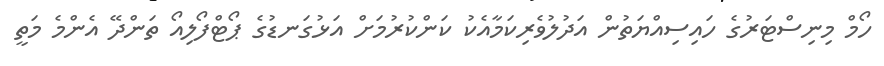
ހޯމް މިނިސްޓަރުގެ ހައިސިއްޔަތުން އަދުލުވެރިކަމާއެކު ކަންކުރުމަށް އަޅުގަނޑުގެ ޕޯޓްފޯލިއޯ ތަންދޭ އެންމެ މަތީ